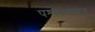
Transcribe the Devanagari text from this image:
पश्यदक्षण्वान्न